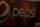
pepsi